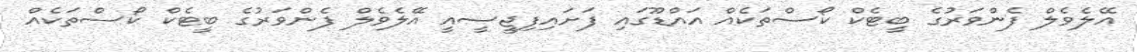
އޭލެވެލް ފެންވަރުގެ ބީޓެކް ކޯސްތަކެއް އައްޑޫގައި ފަށައިފިޖީސީއީ އޭލެވެލް ފެންވަރުގެ ބީޓެކް ކޯސްތަކެއް